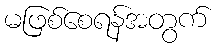
မဖြစ်စေရန်အတွက်